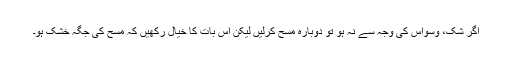
اگر شک، وسواس کی وجہ سے نہ ہو تو دوبارہ مسح کرلیں لیکن اس بات کا خیال رکھیں کہ مسح کی جگہ خشک ہو۔